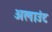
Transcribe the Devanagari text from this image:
अलाउंट